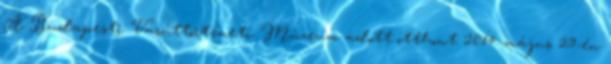
A Budapesti Vasúttörténeti Múzeum adott otthont 2014. május 29-én